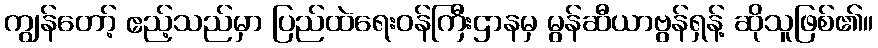
ကျွန်တော့် ဧည့်သည်မှာ ပြည်ထဲရေးဝန်ကြီးဌာနမှ မွန်ဆီယာဗွန်ရှန့် ဆိုသူဖြစ်၏။